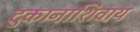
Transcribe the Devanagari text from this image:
दुकानाशिवाय